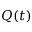
Q ( t )